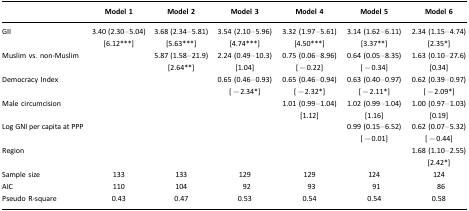
|  | Model 1 | Model 2 | Model 3 | Model 4 | Model 5 | Model 6 |
 | --- | --- | --- | --- | --- | --- | --- |
 | GII | 3.40 (2.30–5.04) [6.12***] | 3.68 (2.34–5.81) [5.63***] | 3.54 (2.10–5.96) [4.74***] | 3.32 (1.97–5.61) [4.50***] | 3.14 (1.62–6.11) [3.37**] | 2.34 (1.15–4.74) [2.35*] |
 | Muslim vs. non-Muslim |  | 5.87 (1.58–21.9) [2.64**] | 2.24 (0.49–10.3) [1.04] | 0.75 (0.06–8.96) [−0.22] | 0.64 (0.05–8.35) [−0.34] | 1.63 (0.10–27.6) [0.34] |
 | Democracy Index |  |  | 0.65 (0.46–0.93) [−2.34*] | 0.65 (0.46–0.94) [−2.32*] | 0.63 (0.40–0.97) [−2.11*] | 0.62 (0.39–0.97) [−2.09*] |
 | Male circumcision |  |  |  | 1.01 (0.99–1.04) [1.12] | 1.02 (0.99–1.04) [1.16] | 1.00 (0.97–1.03) [0.19] |
 | Log GNI per capita at PPP |  |  |  |  | 0.99 (0.15–6.52) [−0.01] | 0.62 (0.07–5.32) [−0.44] |
 | Region |  |  |  |  |  | 1.68 (1.10–2.55) [2.42*] |
 | Sample size | 133 | 133 | 129 | 129 | 124 | 124 |
 | AIC | 110 | 104 | 92 | 93 | 91 | 86 |
 | Pseudo R-square | 0.43 | 0.47 | 0.53 | 0.54 | 0.54 | 0.58 |